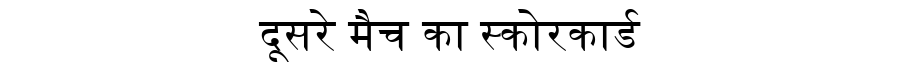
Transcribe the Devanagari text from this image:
दूसरे मैच का स्कोरकार्ड